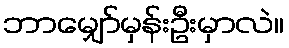
ဘာမျှော်မှန်းဦးမှာလဲ။